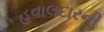
હવાલદારની